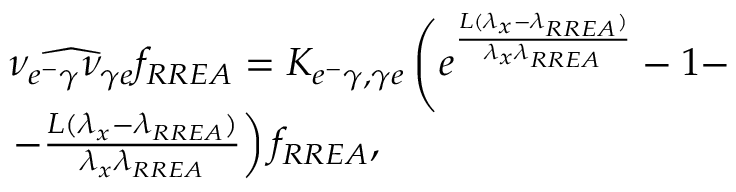
\begin{array} { r l } & { \widehat { \nu _ { e ^ { - } \gamma } \nu _ { \gamma e } } f _ { R R E A } = K _ { e ^ { - } \gamma , \gamma e } \left( e ^ { \frac { L ( \lambda _ { x } - \lambda _ { R R E A } ) } { \lambda _ { x } \lambda _ { R R E A } } } - 1 - \right. } \\ & { \left. - \frac { L ( \lambda _ { x } - \lambda _ { R R E A } ) } { \lambda _ { x } \lambda _ { R R E A } } \right) f _ { R R E A } , } \end{array}